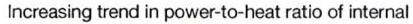
Increasing trend in power-to-heat ratio of internal